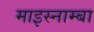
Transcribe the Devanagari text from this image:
माइस्नाम्बा